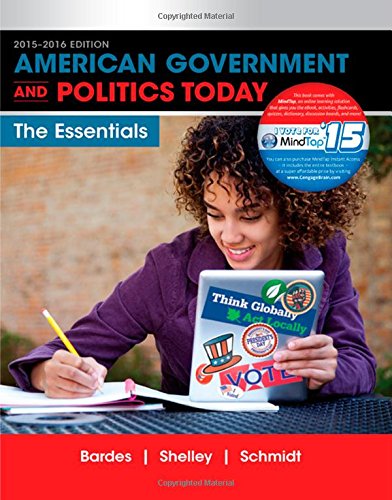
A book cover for American Government and Politics Today: Essentials 2015-2016 Edition (with MindTap Political Science, 1 term (6 months) Printed Access Card) (I Vote for MindTap); Barbara A. Bardes; Politics & Social Sciences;